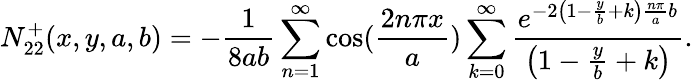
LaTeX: N_{22}^{+}(x,y,a,b)=-\frac{1}{8ab}\sum_{n=1}^{\infty}\cos(\frac{2n\pi x}{a})\sum_{k=0}^{\infty}\frac{e^{-2\left(1-\frac{y}{b}+k\right)\frac{n\pi}{a}b}}{\left(1-\frac{y}{b}+k\right)}.